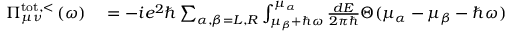
\begin{array} { r l } { \Pi _ { \mu \nu } ^ { \mathrm { t o t , < } } \left( \omega \right) } & { { } = - i e ^ { 2 } \hbar \sum _ { \alpha , \beta = L , R } \int _ { \mu _ { \beta } + \hbar \omega } ^ { \mu _ { \alpha } } \frac { d E } { 2 \pi \hbar } \Theta ( \mu _ { \alpha } - \mu _ { \beta } - \hbar \omega ) } \end{array}